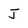
Character: J